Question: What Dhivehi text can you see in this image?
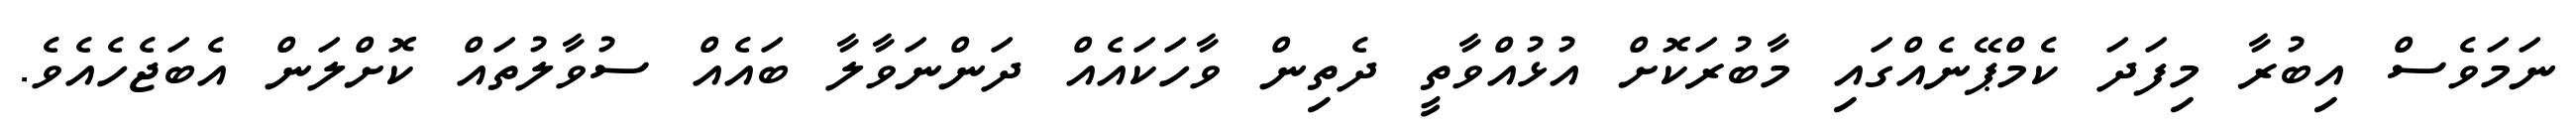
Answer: ނަމަވެސް އިބުރާ މިފަދަ ކެމްޕޭނެއްގައި މާބުރަކޮށް އުޅުއްވާތީ ދެތިން ވާހަކައެއް ދަންނަވާލާ ބައެއް ސުވާލުތައް ކޮށްލަން އެބަޖެހެއެވެ.